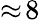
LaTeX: \approx\! 8